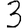
Digit: 3